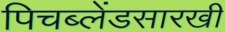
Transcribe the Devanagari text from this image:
पिचब्लेंडसारखी